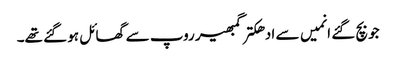
جو بچ گئے انمیں سے ادھکتر گمبھیر روپ سے گھائل ہو گئے تھے۔